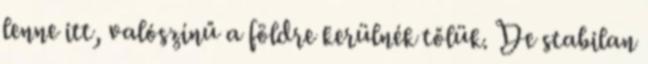
lenne itt, valószínű a földre kerülnék tőlük. De stabilan